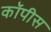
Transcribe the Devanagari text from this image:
कॉपीस